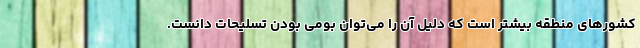
کشورهای منطقه بیشتر است که دلیل آن را می‌توان بومی بودن تسلیحات دانست.